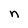
Character: n